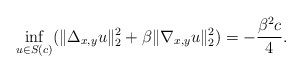
\begin{align*}\inf_{u\in S(c)}(\|\Delta_{x,y}u\|_{2}^2+\beta\|\nabla_{x,y} u\|_2^2)= -\frac{\beta^2c}{4}.\end{align*}